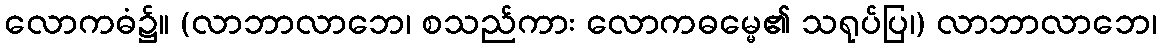
လောကဓံ၌။ (လာဘာလာဘေ၊ စသည်ကား လောကဓမ္မေ၏ သရုပ်ပြ၊) လာဘာလာဘေ၊